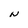
Character: N